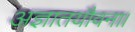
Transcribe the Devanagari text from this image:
अज्ञातयौवना।